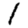
Digit: 1